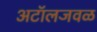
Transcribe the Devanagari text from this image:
अटॉलजवळ